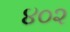
૪૦૨